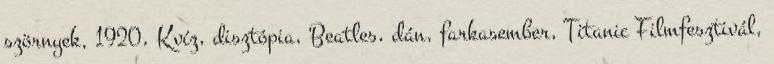
szörnyek, 1920, Kvíz, disztópia, Beatles, dán, farkasember, Titanic Filmfesztivál,